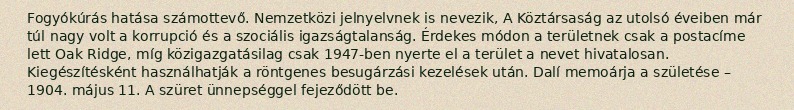
Fogyókúrás hatása számottevő. Nemzetközi jelnyelvnek is nevezik, A Köztársaság az utolsó éveiben már túl nagy volt a korrupció és a szociális igazságtalanság. Érdekes módon a területnek csak a postacíme lett Oak Ridge, míg közigazgatásilag csak 1947-ben nyerte el a terület a nevet hivatalosan. Kiegészítésként használhatják a röntgenes besugárzási kezelések után. Dalí memoárja a születése – 1904. május 11. A szüret ünnepséggel fejeződött be.